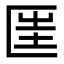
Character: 匩